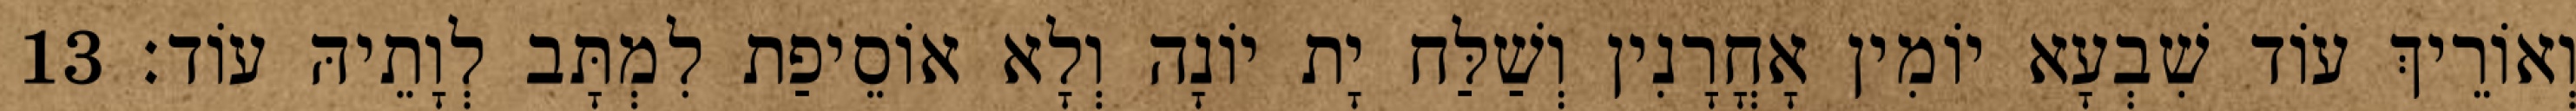
וְאוֹרֵיךְ עוֹד שִׁבְעָא יוֹמִין אָחֳרָנִין וְשַׁלַּח יָת יוֹנָה וְלָא אוֹסֵיפַת לִמְתָּב לְוָתֵיהּ עוֹד׃ 13